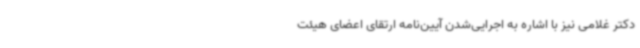
دکتر غلامی نیز با اشاره به اجرایی‌شدن آیین‌نامه ارتقای اعضای هیئت